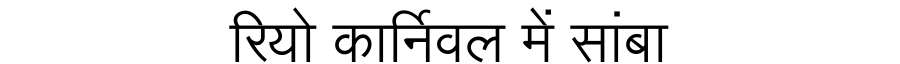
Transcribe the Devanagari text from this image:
रियो कार्निवल में सांबा